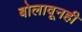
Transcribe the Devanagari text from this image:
बोलावूनही